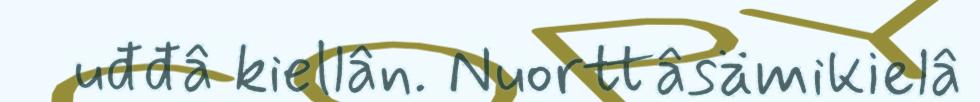
uđđâ kiellân. Nuorttâsämikielâ